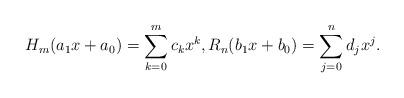
LaTeX: \begin{align*}H_m(a_1x+a_0)&=\sum_{k=0}^m c_k x^k, R_n(b_1x+b_0)=\sum_{j=0}^n d_j x^j.\end{align*}